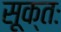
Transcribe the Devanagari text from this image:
सूक्तः